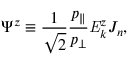
\Psi ^ { z } \equiv \frac { 1 } { \sqrt { 2 } } \frac { p _ { \parallel } } { p _ { \perp } } \mathit { { E } } _ { k } ^ { z } J _ { n } ,